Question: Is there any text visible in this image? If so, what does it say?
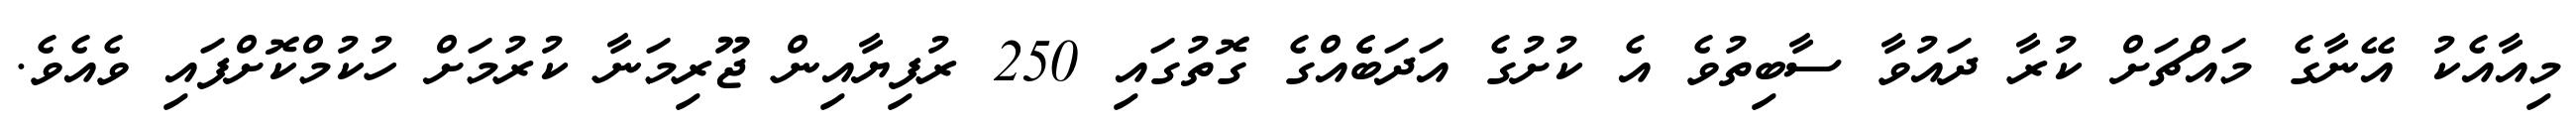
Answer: މިއާއެކު އޭނާގެ މައްޗަށް ކުރާ ދައުވާ ސާބިތުވެ އެ ކުށުގެ އަދަބެެއްގެ ގޮތުގައި 250 ރުފިޔާއިން ޖޫރިމަނާ ކުރުމަށް ހުކުމްކޮށްފައި ވެއެވެ.